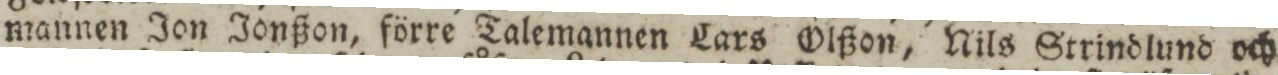
mannen Jon Jonßon, förre Talemannen Lars Olßon, Nils Strindlund och